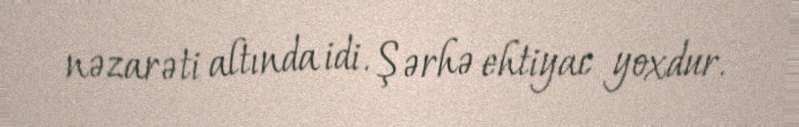
nəzarəti altında idi. Şərhə ehtiyac yoxdur.